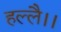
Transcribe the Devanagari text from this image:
हल्लै।।